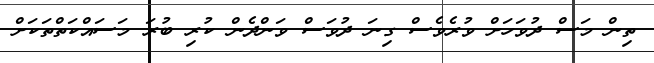
ތިން މަސް ދުވަހަށް ވުރެވެސް ގިނަ ދުވަސް ވަންދެން ކުރި ބުރަ މަސައްކަތްތަކަށް